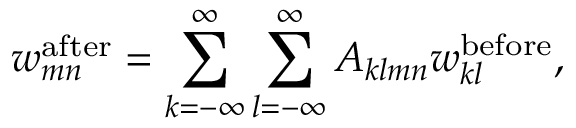
w _ { m n } ^ { \mathrm { a f t e r } } = \sum _ { k = - \infty } ^ { \infty } \sum _ { l = - \infty } ^ { \infty } A _ { k l m n } w _ { k l } ^ { \mathrm { b e f o r e } } ,